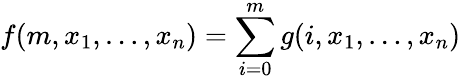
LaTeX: f(m,x_{1},\ldots,x_{n})=\sum_{i=0}^{m}g(i,x_{1},\ldots,x_{n})